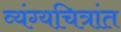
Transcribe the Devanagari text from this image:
व्यंग्यचित्रांत